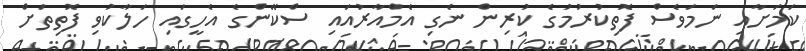
ކަމަށާއި ނަމަވެސް ފޮތިކުރުމުގެ ކުރިން ނެގި އެމްއާރުއައި ސްކޭންގެ އެހީގައި ހަލާކުވި ފޮތިތަށް